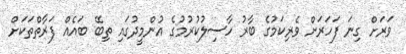
ވަރަށް ގިނަ ފަހަރަށް ވެރިކަމުގެ ބާރު ހާސިލުކުރުމުގެ އުންމީދުގައި ތިބޭ ބައެއް ފަރާތްތަކަށް